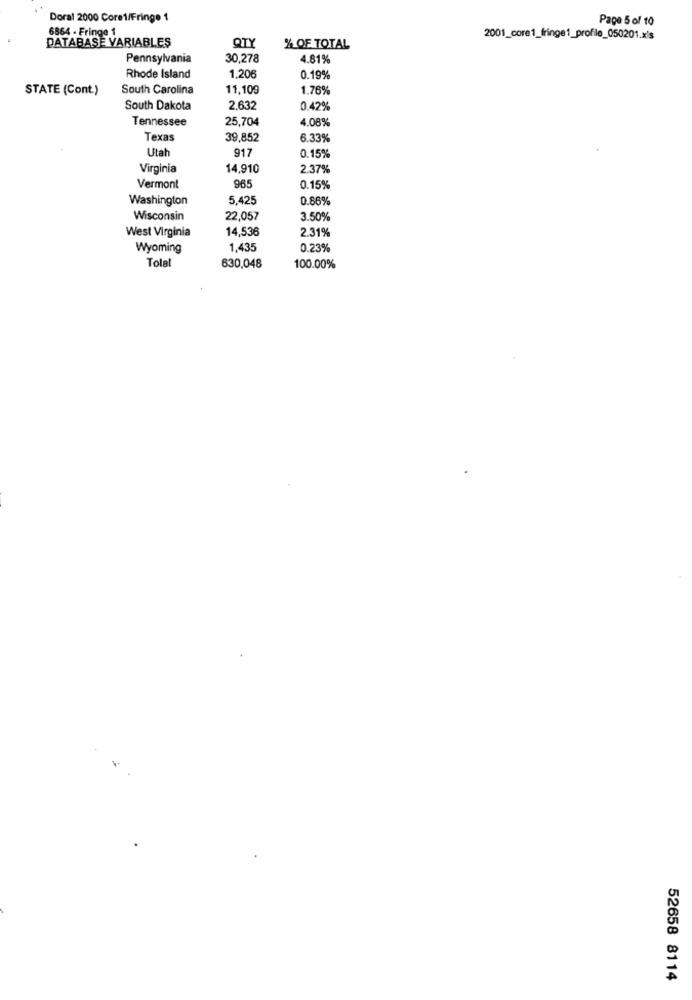
Doral 2000 Core1/Fringe 1
Page 5 of 10
6864 - Fringe 1
DATABASE VARIABLES
QTY
2001_core1_fringe1_profile_050201.xis
% OF TOTAL
Pennsylvania
30,278
4.81%
Rhode Island
1,206
0.19%
STATE (Cont.)
South Carolina
11,109
1.76%
South Dakota
2,632
0.42%
Tennessee
25,704
4.08%
Texas
39,852
6.33%
Utah
917
0.15%
Virginia
14,910
2.37%
Vermont
965
0.15%
Washington
5.425
0.86%
Wisconsin
22,057
3.50%
West Virginia
14,536
2.31%
Wyoming
1,435
0.23%
Tolal
630,048
100.00%
52658 8114